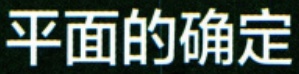
平面的确定